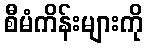
စီမံကိန်းများကို